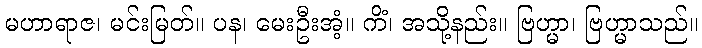
မဟာရာဇ၊ မင်းမြတ်။ ပန၊ မေးဦးအံ့။ ကိံ၊ အသို့နည်း။ ဗြဟ္မာ၊ ဗြဟ္မာသည်။